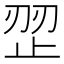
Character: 𰙩